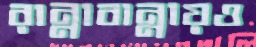
রান্নাবান্নায়ও